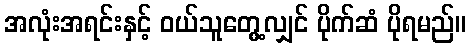
အလုံးအရင်းနှင့် ဝယ်သူတွေ့လျှင် ပိုက်ဆံ ပိုရမည်။